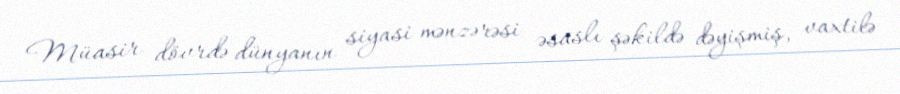
Müasir dövrdə dünyanın siyasi mənzərəsi əsaslı şəkildə dəyişmiş, vaxtilə